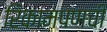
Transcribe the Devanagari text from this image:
रिकामपणची